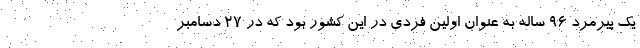
یک پیرمرد ۹۶ ساله به عنوان اولین فردی در این کشور بود که در ۲۷ دسامبر